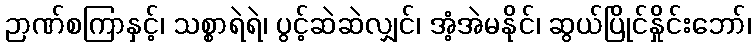
ဉာဏ်စကြာနှင့်၊ သစ္စာရဲရဲ၊ ပွင့်ဆဲဆဲလျှင်၊ အံ့အဲမနိုင်၊ ဆွယ်ပြိုင်နှိုင်းဘော်၊